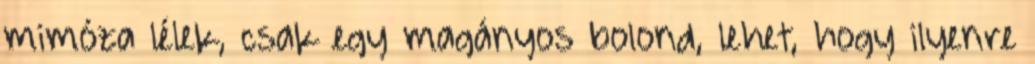
mimóza lélek, csak egy magányos bolond, lehet, hogy ilyenre